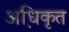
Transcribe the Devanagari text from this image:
अधि़कृत